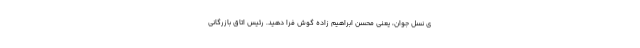
ی نسل جوان، یعنی محسن ابراهیم زاده گوش فرا دهید. رئیس اتاق بازرگانی